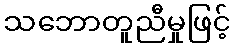
သဘောတူညီမှုဖြင့်